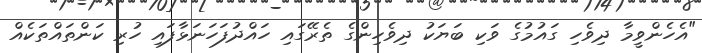
"އެހެންވީމާ ދިވެހި ގައުމުގެ ވަކި ބަޔަކު ދިވެހިންގެ ތެރޭގައި ހައްދުފަހަނަޅާފައި ހުރި ކަންތައްތަކެއް